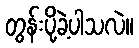
တွန်းပို့ခဲ့ပါသလဲ။